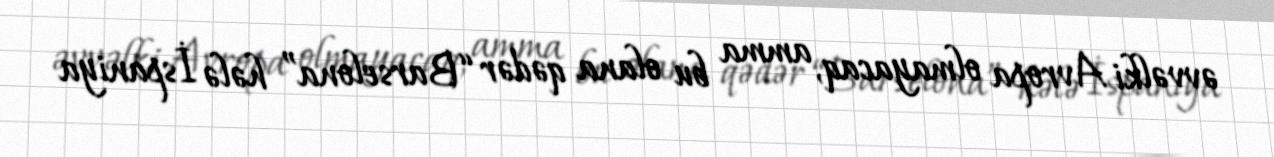
əvvəlki Avropa olmayacaq, amma bu olana qədər “Barselona” hələ İspaniya